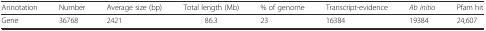
| Annotation | Number | Average size (bp) | Total length (Mb) | % of genome | Transcript-evidence | Ab initio | Pfam hit |
 | --- | --- | --- | --- | --- | --- | --- | --- |
 | Gene | 36768 | 2421 | 86.3 | 23 | 16384 | 19384 | 24,607 |